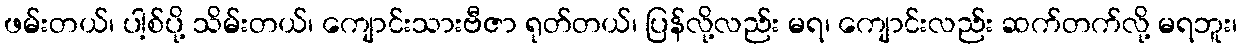
ဖမ်းတယ်၊ ပါ့စ်ပို့ သိမ်းတယ်၊ ကျောင်းသားဗီဇာ ရုတ်တယ်၊ ပြန်လို့လည်း မရ၊ ကျောင်းလည်း ဆက်တက်လို့ မရဘူး၊